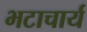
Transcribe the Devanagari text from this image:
भटाचार्य